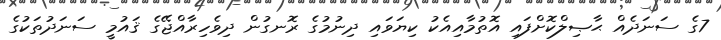
7ގެ ސަނަދެއް ޙާޞިލްކޮށްފައި އޮތުމާއިއެކު ކިޔަވައި ދިނުމުގެ ރޮނގުން ދިވެހިރާއްޖޭގެ ޤައުމީ ސަނަދުތަކުގެ